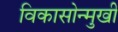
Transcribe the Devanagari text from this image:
विकासोन्मुखी